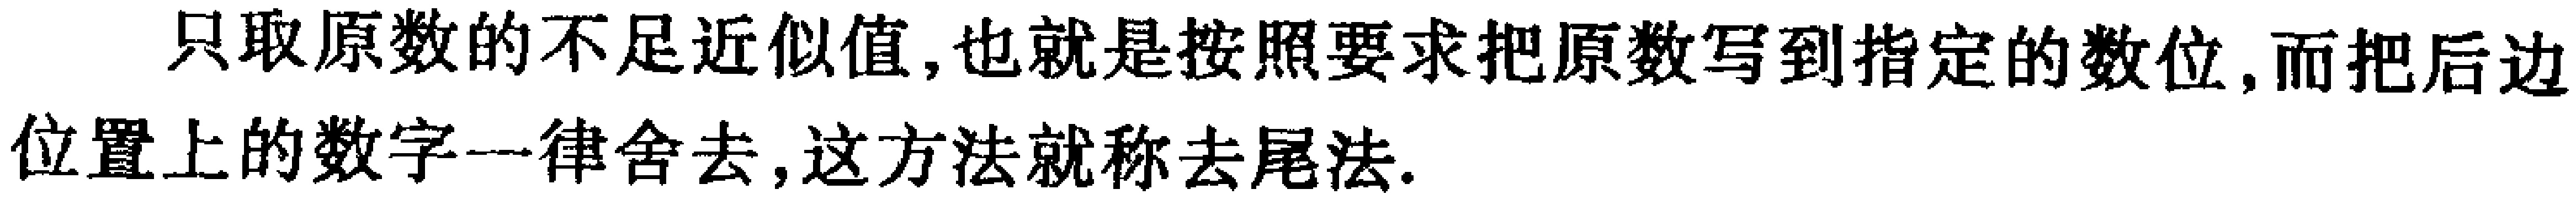
只取原数的不足近似值,也就是按照要求把原数写到指定的数位,而把后边位置上的数字一律舍去,这方法就称去尾法.